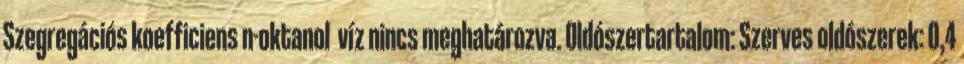
Szegregációs koefficiens n-oktanol víz nincs meghatározva. Oldószertartalom: Szerves oldószerek: 0,4